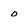
Character: o